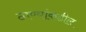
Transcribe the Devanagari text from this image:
ठाण्यांकडील